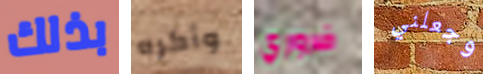
بذلك وأكره ضروري وجعلني